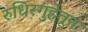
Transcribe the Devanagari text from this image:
रुधिरगुहेतून